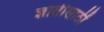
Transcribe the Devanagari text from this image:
ज्ञातीसाठीं